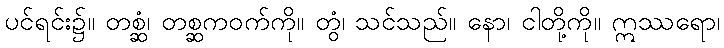
ပင်ရင်း၌။ တစ္ဆံ၊ တစ္ဆကဝက်ကို။ တွံ၊ သင်သည်။ နော၊ ငါတို့ကို။ ဣဿရော၊